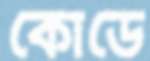
কোডে